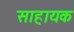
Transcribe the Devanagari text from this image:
साहायक